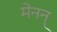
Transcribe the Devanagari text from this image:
मेनन्